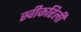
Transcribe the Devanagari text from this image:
स्वीकरिली